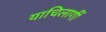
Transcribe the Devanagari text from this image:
याचिलागीं